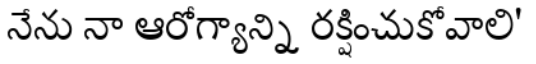
నేను నా ఆరోగ్యాన్ని రక్షించుకోవాలి'